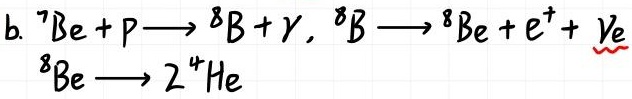
b. $^{7}\mathrm{Be} + p \longrightarrow ^{8}\mathrm{B} + \gamma, \ ^{8}\mathrm{B} \longrightarrow ^{8}\mathrm{Be} + e^{+} + \nu_{e}$

$^{8}\mathrm{Be} \longrightarrow 2\ ^{4}\mathrm{He}$